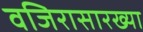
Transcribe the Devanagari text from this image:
वजिरासारख्या